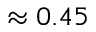
\approx 0 . 4 5